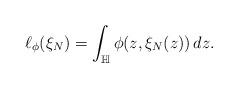
LaTeX: \begin{align*}\ell_\phi(\xi_N) = \int_{\mathbb{H}}\phi(z,\xi_N(z))\,dz.\end{align*}